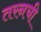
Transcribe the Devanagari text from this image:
तरनची